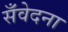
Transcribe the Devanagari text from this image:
सँवेदना